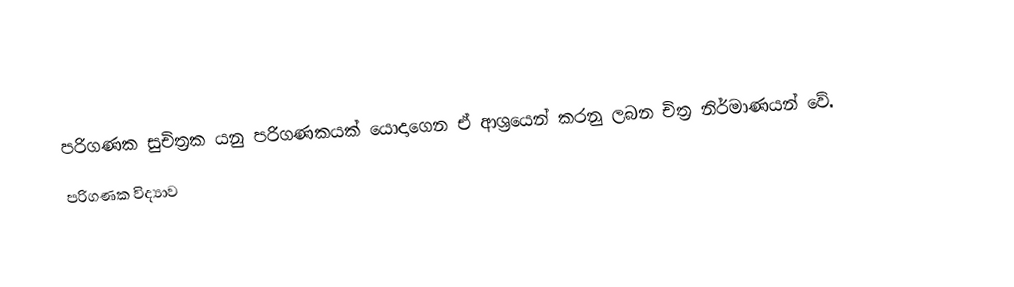
පරිගණක සුචිත්‍රක යනු පරිගණකයක් යොදාගෙන ඒ ආශ්‍රයෙන් කරනු ලබන චිත්‍ර නිර්මාණයන් වේ.
පරිගණක විද්‍යාව